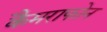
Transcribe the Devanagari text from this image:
कैमराफोन